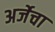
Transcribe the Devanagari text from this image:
अर्जेचा